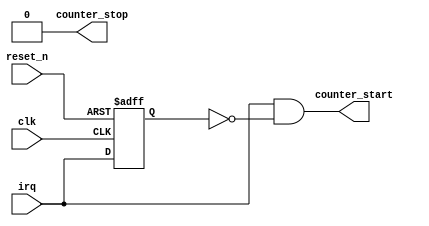
// (C) 2001-2020 Intel Corporation. All rights reserved.
// Your use of Intel Corporation's design tools, logic functions and other 
// software and tools, and its AMPP partner logic functions, and any output 
// files from any of the foregoing (including device programming or simulation 
// files), and any associated documentation or information are expressly subject 
// to the terms and conditions of the Intel Program License Subscription 
// Agreement, Intel FPGA IP License Agreement, or other applicable 
// license agreement, including, without limitation, that your use is for the 
// sole purpose of programming logic devices manufactured by Intel and sold by 
// Intel or its authorized distributors.  Please refer to the applicable 
// agreement for further details.


// synthesis translate_off
`timescale 1ns / 1ps
// synthesis translate_on

module irq_detector #(
parameter INTR_TYPE = 1'b1
)(
   clk,
	reset_n,
	irq,
	counter_start,
	counter_stop
);

input   wire  clk;
input   wire  irq;
input   wire  reset_n;
output  wire  counter_start;
output  wire  counter_stop;

reg irq_d;

always @ (posedge clk or negedge reset_n)
   if (~reset_n) begin
        irq_d <= 1'b0;
   end
   else begin
	     irq_d <= irq;
   end
	
generate
if (INTR_TYPE == 1'b0) begin	
	
 assign counter_stop = ~irq & irq_d;
 assign counter_start = irq & ~irq_d;
 
end else begin

  assign counter_start = irq & ~irq_d;
  assign counter_stop = 1'b0;
  
end
endgenerate

endmodule